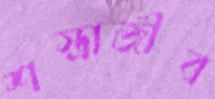
শস্ত্রাজীব